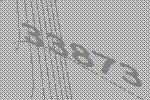
33873